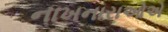
નાખનારાઓએ